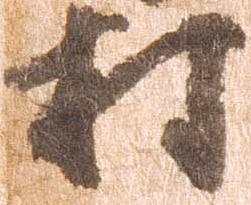
村